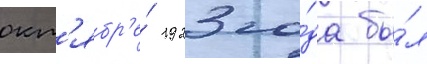
окт'ябр'е́ 1923 го́да бы́л